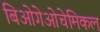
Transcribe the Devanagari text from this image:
बिओगेओचेमिकल